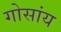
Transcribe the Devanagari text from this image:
गोसांय